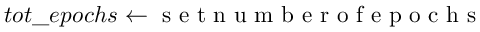
t o t \_ e p o c h s \gets \mathrm { ~ s ~ e ~ t ~ n ~ u ~ m ~ b ~ e ~ r ~ o ~ f ~ e ~ p ~ o ~ c ~ h ~ s ~ }